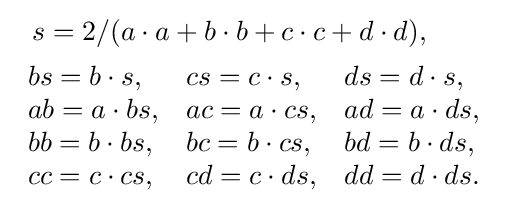
{\begin{alignedat}{2}&\ \ s=2/(a\cdot a+b\cdot b+c\cdot c+d\cdot d),\\&{\begin{array}{lll}bs=b\cdot s,&cs=c\cdot s,&ds=d\cdot s,\\ab=a\cdot bs,&ac=a\cdot cs,&ad=a\cdot ds,\\bb=b\cdot bs,&bc=b\cdot cs,&bd=b\cdot ds,\\cc=c\cdot cs,&cd=c\cdot ds,&dd=d\cdot ds.\\\end{array}}\end{alignedat}}